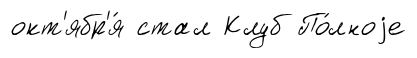
окт'ябр'я́ стал Клуб По́лноjе